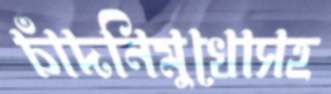
চাঁদনিমুখোসহ